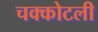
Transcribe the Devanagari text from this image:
चक्कोटली